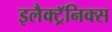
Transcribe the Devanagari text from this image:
इलैक्ट्रॅनिक्स